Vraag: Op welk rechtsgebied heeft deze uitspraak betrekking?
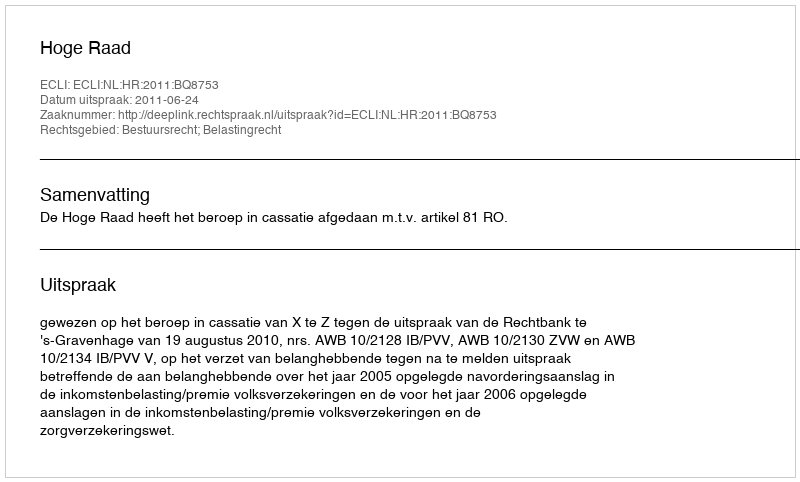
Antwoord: Bestuursrecht; Belastingrecht